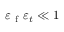
\varepsilon _ { \mathrm { ~ f ~ } } \varepsilon _ { t } \ll 1